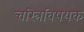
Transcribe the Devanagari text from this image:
चरित्रविषयक